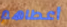
أعطاهم